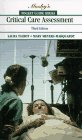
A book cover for Pocket Guide to Critical Care Assessment, 3e (Nursing Pocket Guides); Laura A. Talbot RN  C  EdD  PhD; Medical Books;